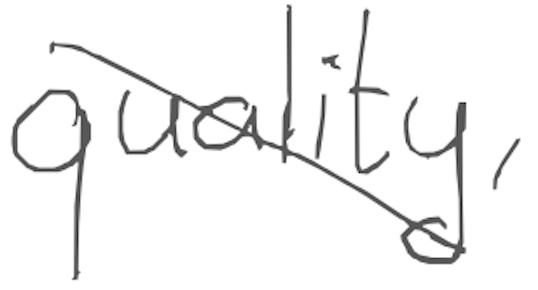
Text: quality,
Cross-out: diagonal
Writing tool: digital_gray